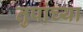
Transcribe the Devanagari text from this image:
तुपांच्या